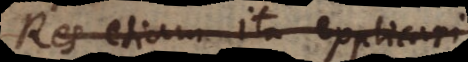
Res etiam ita explicari